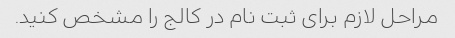
مراحل لازم برای ثبت نام در کالج را مشخص کنید.